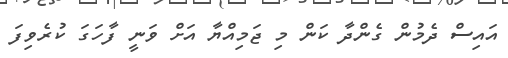
އައިސް ދެމުން ގެންދާ ކަން މި ޖަމިއްޔާ އަށް ވަނީ ފާހަގަ ކުރެވިފަ